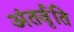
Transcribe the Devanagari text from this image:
अंतर्वृति